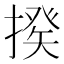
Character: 𢲕